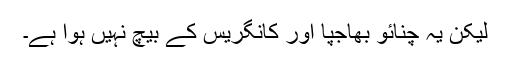
لیکن یہ چنائو بھاجپا اور کانگریس کے بیچ نہیں ہوا ہے۔